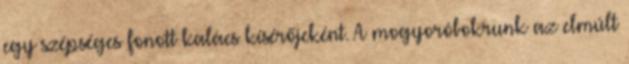
egy szépséges fonott kalács kísérőjeként. A mogyoróbokrunk az elmúlt